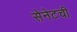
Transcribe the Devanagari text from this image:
सेनेटची